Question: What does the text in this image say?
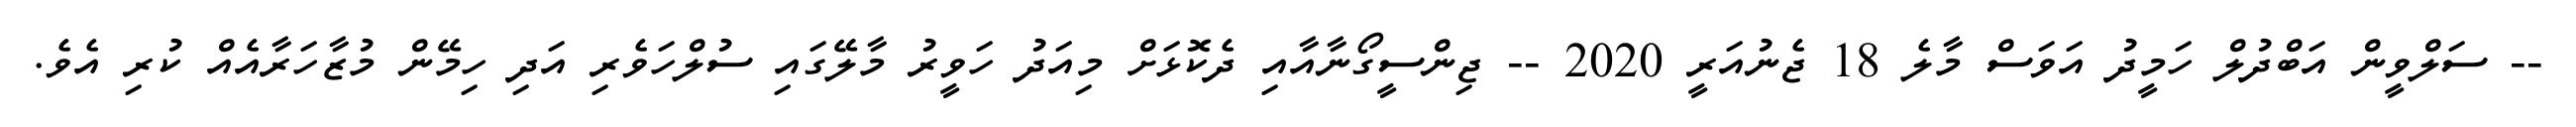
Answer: -- ސަލްވީން އަބްދުލް ހަމީދު އަވަސް މާލެ 18 ޖެނުއަރީ 2020 -- ޖިންސީގޯނާއާއި ދެކޮޅަށް މިއަދު ހަވީރު މާލޭގައި ސުލްހަވެރި އަދި ހިމޭން މުޒާހަރާއެއް ކުރި އެވެ.